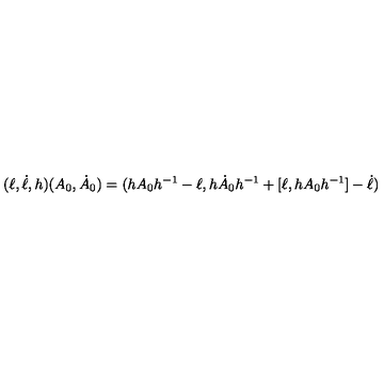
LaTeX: ( \ell , \dot { \ell } , h ) ( A _ { 0 } , \dot { A } _ { 0 } ) = ( h A _ { 0 } h ^ { - 1 } - \ell , h \dot { A } _ { 0 } h ^ { - 1 } + [ \ell , h A _ { 0 } h ^ { - 1 } ] - \dot { \ell } )